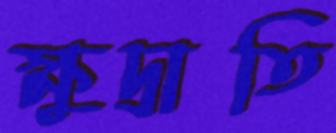
ক্ষুদ্রাতি